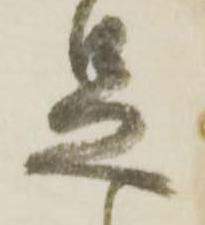
足